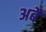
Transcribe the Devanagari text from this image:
अबैं